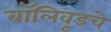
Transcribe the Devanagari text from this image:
बॉलिवूडचे